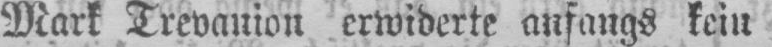
Mark Trevanion erwiderte anfangs kein